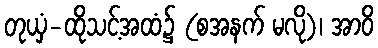
တုယှံ-ထိုသင့်အထံ၌ (စအနက် မလို)၊ အာဝိ